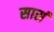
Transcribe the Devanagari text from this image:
सासं